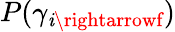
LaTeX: P(\gamma_{\mathit{i}\rightarrowf})